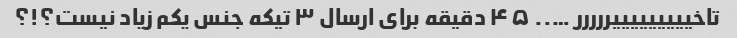
تاخیییییییییررررر ….. ۴۵ دقیقه برای ارسال ۳ تیکه جنس یکم زیاد نیست؟!؟